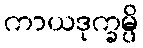
ကာယဒုက္ခမ္ပိ